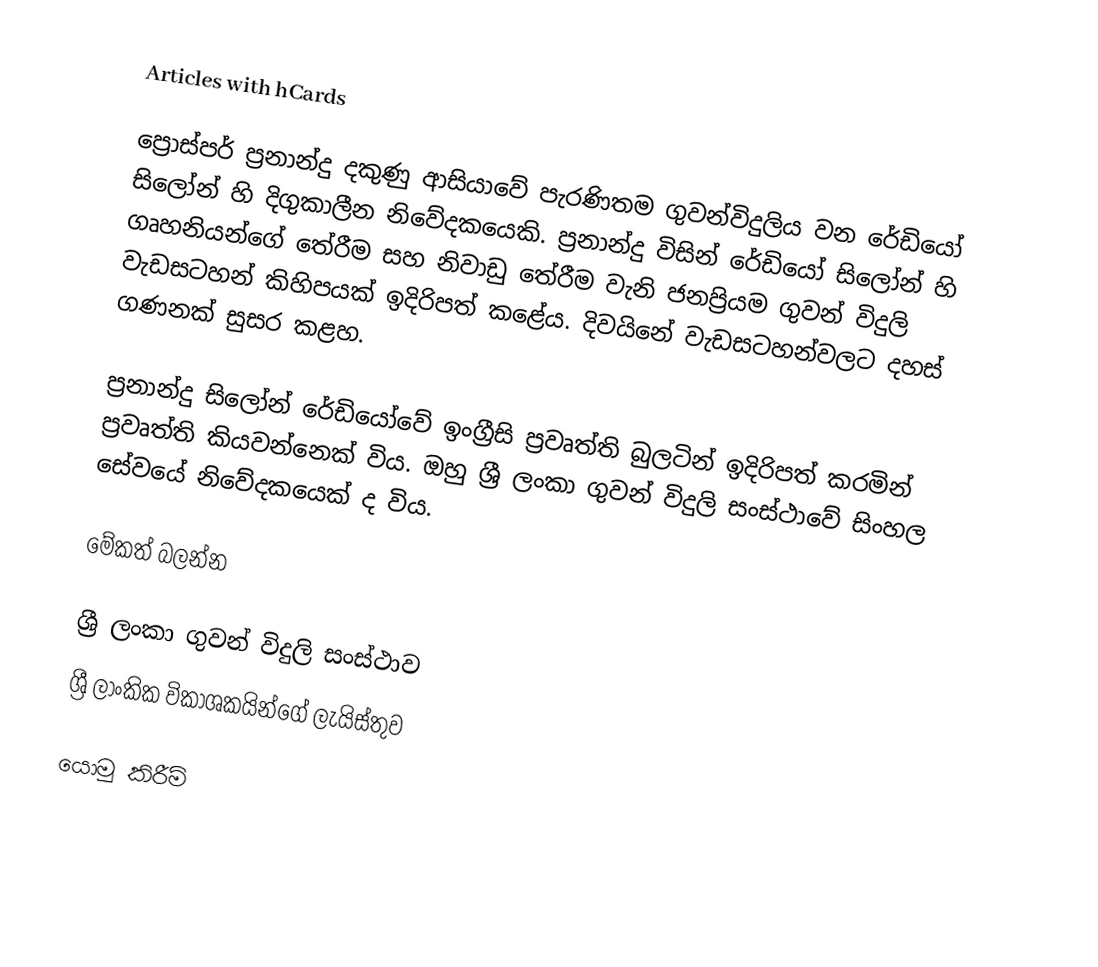
Articles with hCards

ප්‍රොස්පර් ප්‍රනාන්දු දකුණු ආසියාවේ පැරණිතම ගුවන්විදුලිය වන රේඩියෝ සිලෝන් හි දිගුකාලීන නිවේදකයෙකි. ප්‍රනාන්දු විසින් රේඩියෝ සිලෝන් හි ගෘහනියන්ගේ තේරීම සහ නිවාඩු තේරීම වැනි ජනප්‍රියම ගුවන් විදුලි වැඩසටහන් කිහිපයක් ඉදිරිපත් කළේය. දිවයිනේ වැඩසටහන්වලට දහස් ගණනක් සුසර කළහ.

ප්‍රනාන්දු සිලෝන් රේඩියෝවේ ඉංග්‍රීසි ප්‍රවෘත්ති බුලටින් ඉදිරිපත් කරමින් ප්‍රවෘත්ති කියවන්නෙක් විය. ඔහු ශ්‍රී ලංකා ගුවන් විදුලි සංස්ථාවේ සිංහල සේවයේ නිවේදකයෙක් ද විය.

මේකත් බලන්න

 ශ්‍රී ලංකා ගුවන් විදුලි සංස්ථාව
 ශ්‍රී ලාංකික විකාශකයින්ගේ ලැයිස්තුව

යොමු කිරීම්